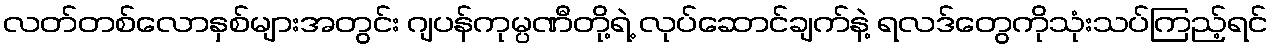
လတ်တစ်လောနှစ်များအတွင်း ဂျပန်ကုမ္ပဏီတို့ရဲ့ လုပ်ဆောင်ချက်နဲ့ ရလဒ်တွေကိုသုံးသပ်ကြည့်ရင်